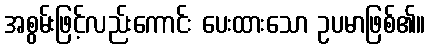
အစွမ်းဖြင့်လည်းကောင်း ပေးထားသော ဥပမာဖြစ်၏။